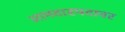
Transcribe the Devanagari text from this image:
आमदारपदावर